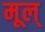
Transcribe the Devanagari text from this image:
मूल्